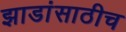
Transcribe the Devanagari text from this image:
झाडांसाठीच